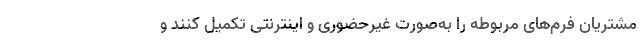
مشتریان فرم‌های مربوطه را به‌صورت غیرحضوری و اینترنتی تکمیل کنند و